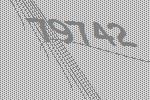
79742